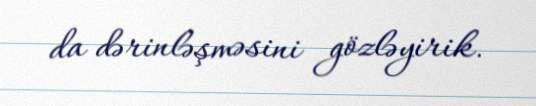
da dərinləşməsini gözləyirik.